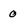
Character: 0